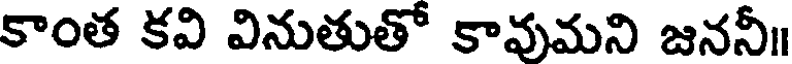
కాంత కవి వినుతుతో కావుమని జననీ॥